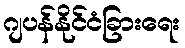
ဂျပန်နိုင်ငံခြားရေး